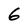
Character: 6